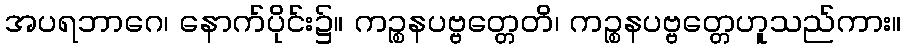
အပရဘာဂေ၊ နောက်ပိုင်း၌။ ကဉ္စနပဗ္ဗတ္တေတိ၊ ကဉ္စနပဗ္ဗတ္တေဟူသည်ကား။